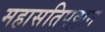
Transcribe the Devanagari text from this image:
महासतिपठ्ठान